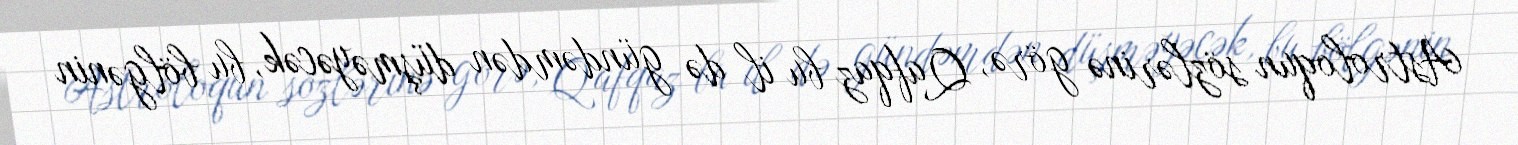
Astroloqun sözlərinə görə, Qafqaz bu il də gündəmdən düşməyəcək, bu bölgənin